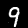
Label: 9